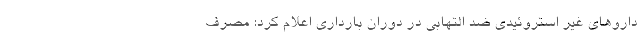
داروهای غیر استروئیدی ضد التهابی در دوران بارداری اعلام کرد: مصرف